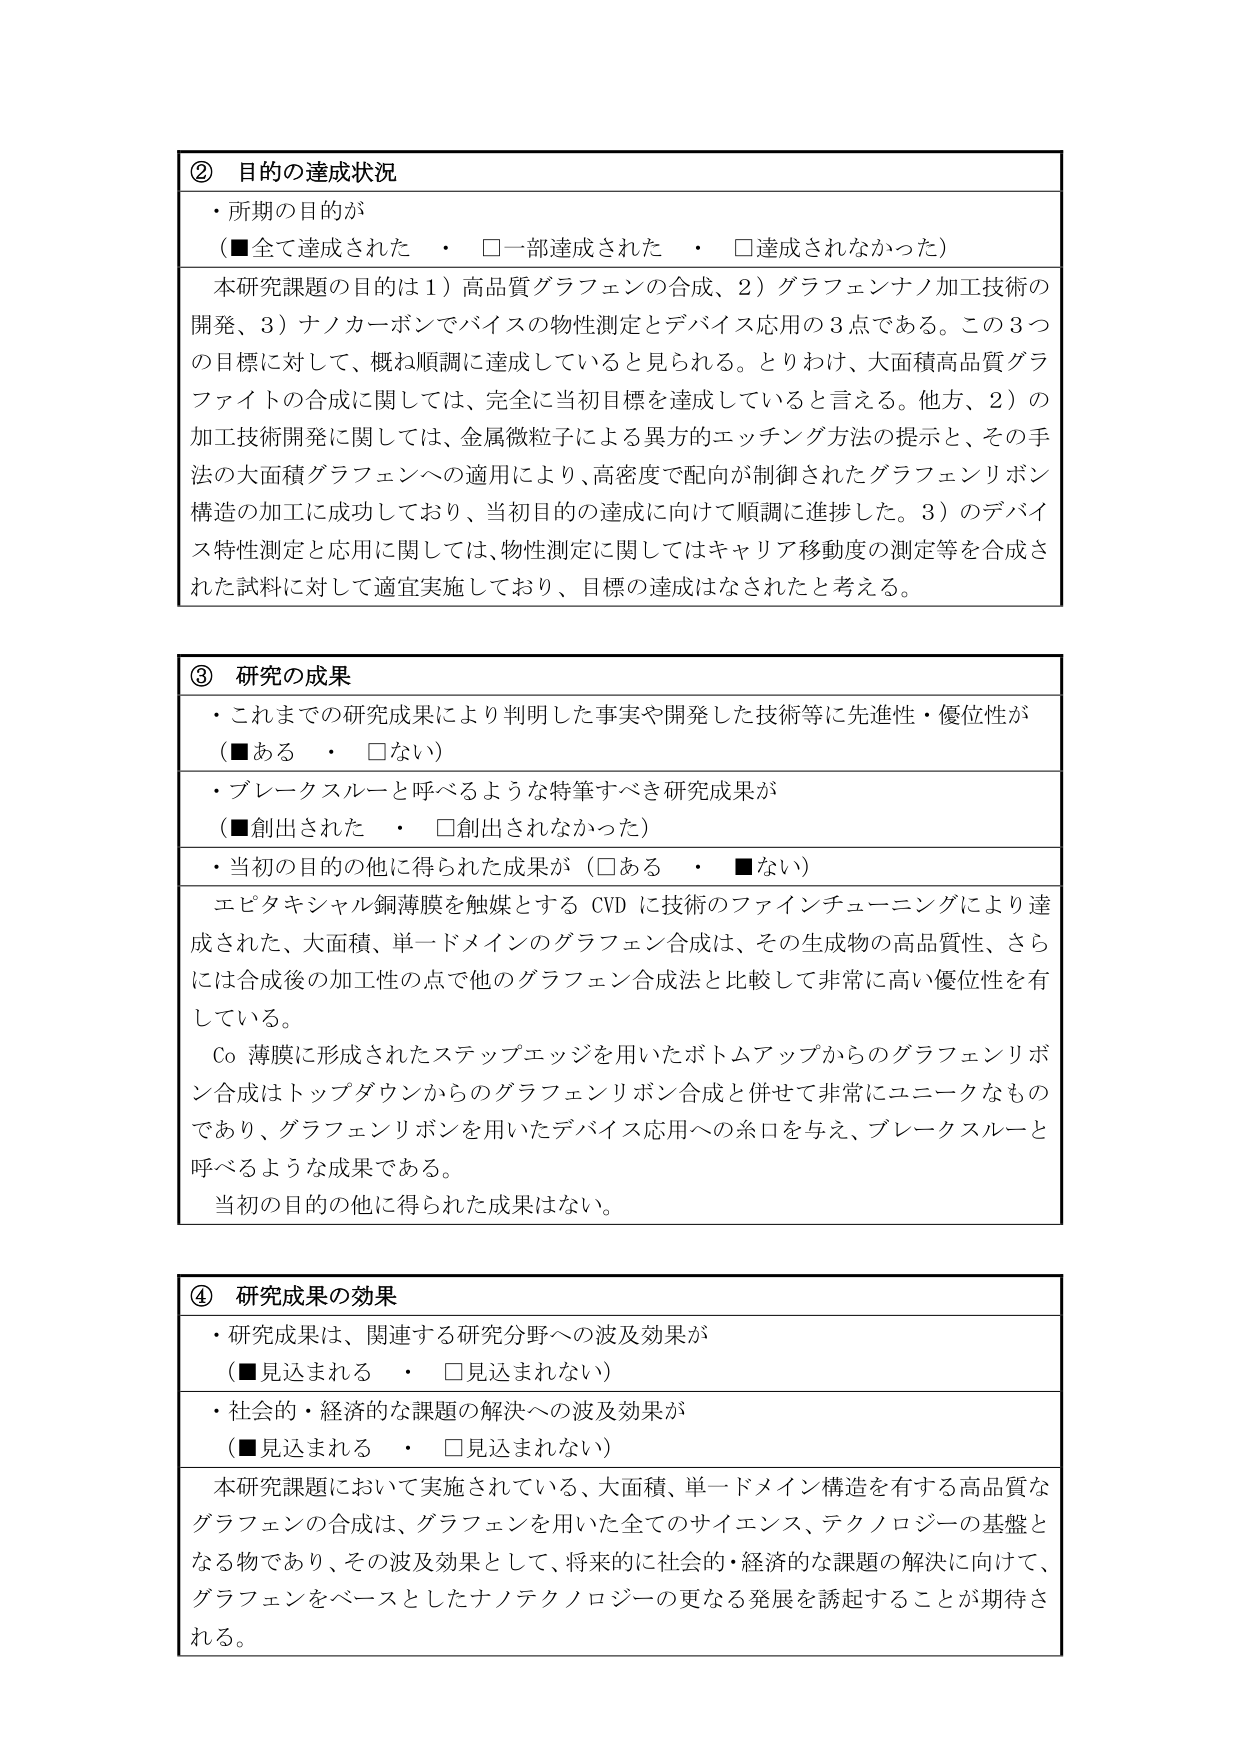
② 目的の達成状況
・所期の目的が
（■全て達成された　・　□一部達成された　・　□達成されなかった）

本研究課題の目的は1）高品質グラフェンの合成、2）グラフェンナノ加工技術の開発、3）ナノカーボンでバイスの物性測定とデバイス応用の3点である。この3つの目標に対して、概ね順調に達成していると見られる。とりわけ、大面積高品質グラファイトの合成に関しては、完全に当初目標を達成していると言える。他方、2）の加工技術開発に関しては、金属微粒子による異方的エッチング方法の提示と、その手法の大面積グラフェンへの適用により、高密度で配向が制御されたグラフェンリボン構造の加工に成功しており、当初目的の達成に向けて順調に進捗した。3）のデバイス特性測定と応用に関しては、物性測定に関してはキャリア移動度の測定等を合成された試料に対して適宜実施しており、目標の達成はなされたと考える。

③ 研究の成果
・これまでの研究成果により判明した事実や開発した技術等に先進性・優位性が
（■ある　・　□ない）
・ブレークスルーと呼べるような特筆すべき研究成果が
（■創出された　・　□創出されなかった）
・当初の目的の他に得られた成果が（□ある　・　■ない）

エピタキシャル銅薄膜を触媒とするCVDに技術のファインチューニングにより達成された、大面積、単一ドメインのグラフェン合成は、その生成物の高品質性、さらには合成後の加工性の点で他のグラフェン合成法と比較して非常に高い優位性を有している。

Co薄膜に形成されたステップエッジを用いたボトムアップからのグラフェンリボン合成はトップダウンからのグラフェンリボン合成と併せて非常にユニークなものであり、グラフェンリボンを用いたデバイス応用への糸口を与え、ブレークスルーと呼べるような成果である。

当初の目的の他に得られた成果はない。

④ 研究成果の効果
・研究成果は、関連する研究分野への波及効果が
（■見込まれる　・　□見込まれない）
・社会的・経済的な課題の解決への波及効果が
（■見込まれる　・　□見込まれない）

本研究課題において実施されている、大面積、単一ドメイン構造を有する高品質なグラフェンの合成は、グラフェンを用いた全てのサイエンス、テクノロジーの基盤となる物であり、その波及効果として、将来的に社会的・経済的な課題の解決に向けて、グラフェンをベースとしたナノテクノロジーの更なる発展を誘起することが期待される。